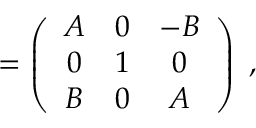
\O = \left( \begin{array} { c c c } { { A } } & { { 0 } } & { { - B } } \\ { { 0 } } & { { 1 } } & { { 0 } } \\ { { B } } & { { 0 } } & { { A } } \end{array} \right) \; ,